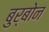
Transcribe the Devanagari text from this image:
बुर्बोन